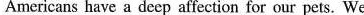
Americans have a deep affection for our pets. We